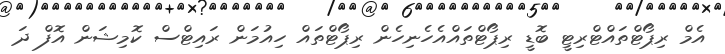
އެމް ރިޕޯޓްތައްޓްރިޓީ ބޮޑީ ރިޕޯޓްތައްއެހެނިހެން ރިޕޯޓްތައް ހިއުމަން ރައިޓްސް ކޮމިޝަން އޮފް ދަ